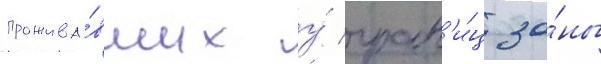
прожива́вших у́ гран'и́ц зо́ны